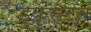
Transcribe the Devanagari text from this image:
डुकस्टन